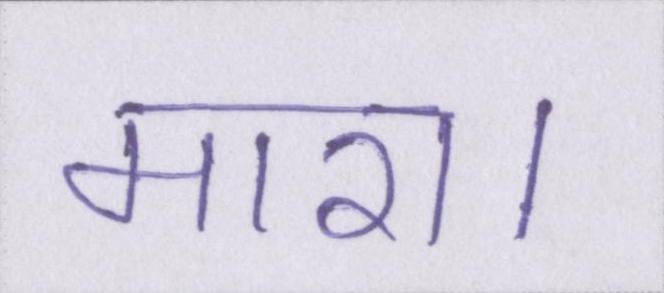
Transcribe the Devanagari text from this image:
मारा।